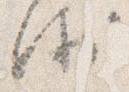
衛